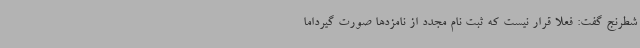
شطرنج گفت: فعلا قرار نیست که ثبت نام مجدد از نامزدها صورت گیرداما